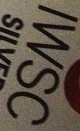
IWSC